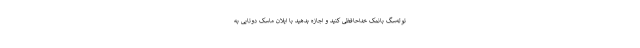
توله‌سگ بانمک خداحافظی کنید و اجازه بدهید با ایلان ماسک دوتایی به